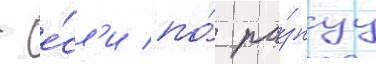
- е́сл'и по́ ра́знуу